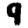
Digit: 9